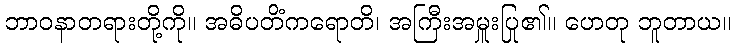
ဘာဝနာတရားတို့ကို။ အဓိပတိံကရောတိ၊ အကြီးအမှူးပြု၏။ ဟေတု ဘူတာယ။